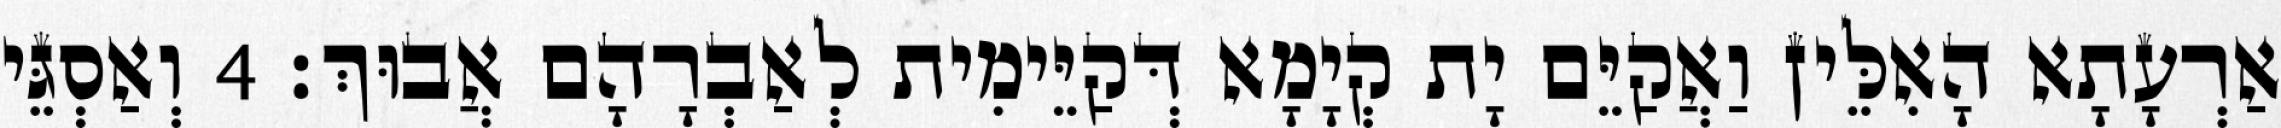
אַרְעָתָא הָאִלֵּין וַאֲקַיֵּם יָת קְיָמָא דְּקַיֵּימִית לְאַבְרָהָם אֲבוּךְ׃ 4 וְאַסְגֵּי